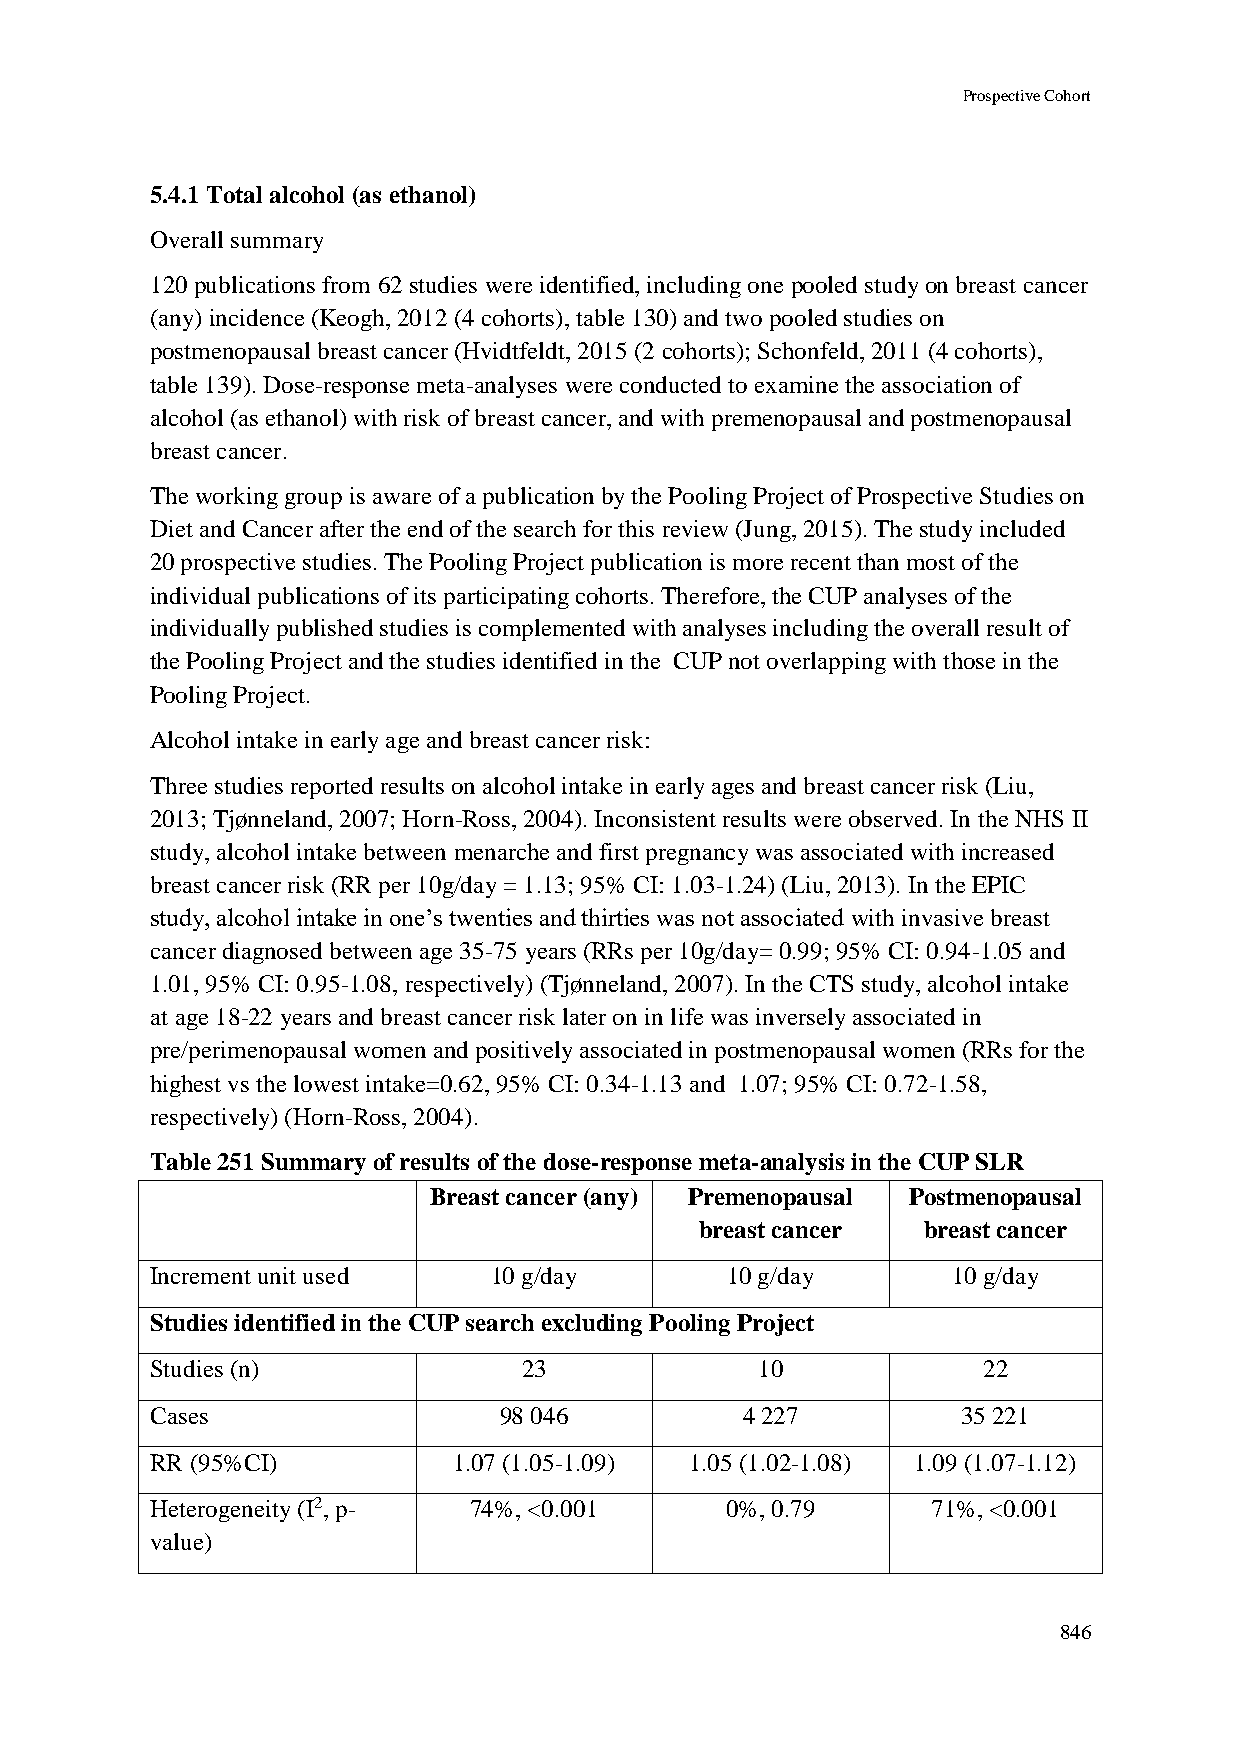
Prospective Cohort
 5.4.1 Total alcohol (as ethanol)
 Overall summary
 120 publications from 62 studies were identified, including one pooled study on breast cancer
 (any) incidence (Keogh, 2012 (4 cohorts), table 130) and two pooled studies on
 postmenopausal breast cancer (Hvidtfeldt, 2015 (2 cohorts); Schonfeld, 2011 (4 cohorts),
 table 139). Dose-response meta-analyses were conducted to examine the association of
 alcohol (as ethanol) with risk of breast cancer, and with premenopausal and postmenopausal
 breast cancer.
 The working group is aware of a publication by the Pooling Project of Prospective Studies on
 Diet and Cancer after the end of the search for this review (Jung, 2015). The study included
 20 prospective studies. The Pooling Project publication is more recent than most of the
 individual publications of its participating cohorts. Therefore, the CUP analyses of the
 individually published studies is complemented with analyses including the overall result of
 the Pooling Project and the studies identified in the CUP not overlapping with those in the
 Pooling Project.
 Alcohol intake in early age and breast cancer risk:
 Three studies reported results on alcohol intake in early ages and breast cancer risk (Liu,
 2013; Tjønneland, 2007; Horn-Ross, 2004). Inconsistent results were observed. In the NHS II
 study, alcohol intake between menarche and first pregnancy was associated with increased
 breast cancer risk (RR per 10g/day = 1.13; 95% CI: 1.03-1.24) (Liu, 2013). In the EPIC
 study, alcohol intake in one’s twenties and thirties was not associated with invasive breast
 cancer diagnosed between age 35-75 years (RRs per 10g/day= 0.99; 95% CI: 0.94-1.05 and
 1.01, 95% CI: 0.95-1.08, respectively) (Tjønneland, 2007). In the CTS study, alcohol intake
 at age 18-22 years and breast cancer risk later on in life was inversely associated in
 pre/perimenopausal women and positively associated in postmenopausal women (RRs for the
 highest vs the lowest intake=0.62, 95% CI: 0.34-1.13 and 1.07; 95% CI: 0.72-1.58,
 respectively) (Horn-Ross, 2004).
 Table 251 Summary of results of the dose-response meta-analysis in the CUP SLR
 Breast cancer (any) Premenopausal Postmenopausal
 breast cancer  breast cancer
 Increment unit used   10 g/day        10 g/day       10 g/day
 Studies identified in the CUP search excluding Pooling Project
 Studies (n)              23             10             22
 Cases                  98 046          4 227          35 221
 RR (95%CI)          1.07 (1.05-1.09) 1.05 (1.02-1.08) 1.09 (1.07-1.12)
 Heterogeneity (I2, p- 74%, <0.001     0%, 0.79      71%, <0.001
 value)
 846